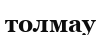
толмау